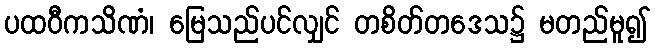
ပထဝီကသိဏံ၊ မြေသည်ပင်လျှင် တစိတ်တဒေသ၌ မတည်မူ၍